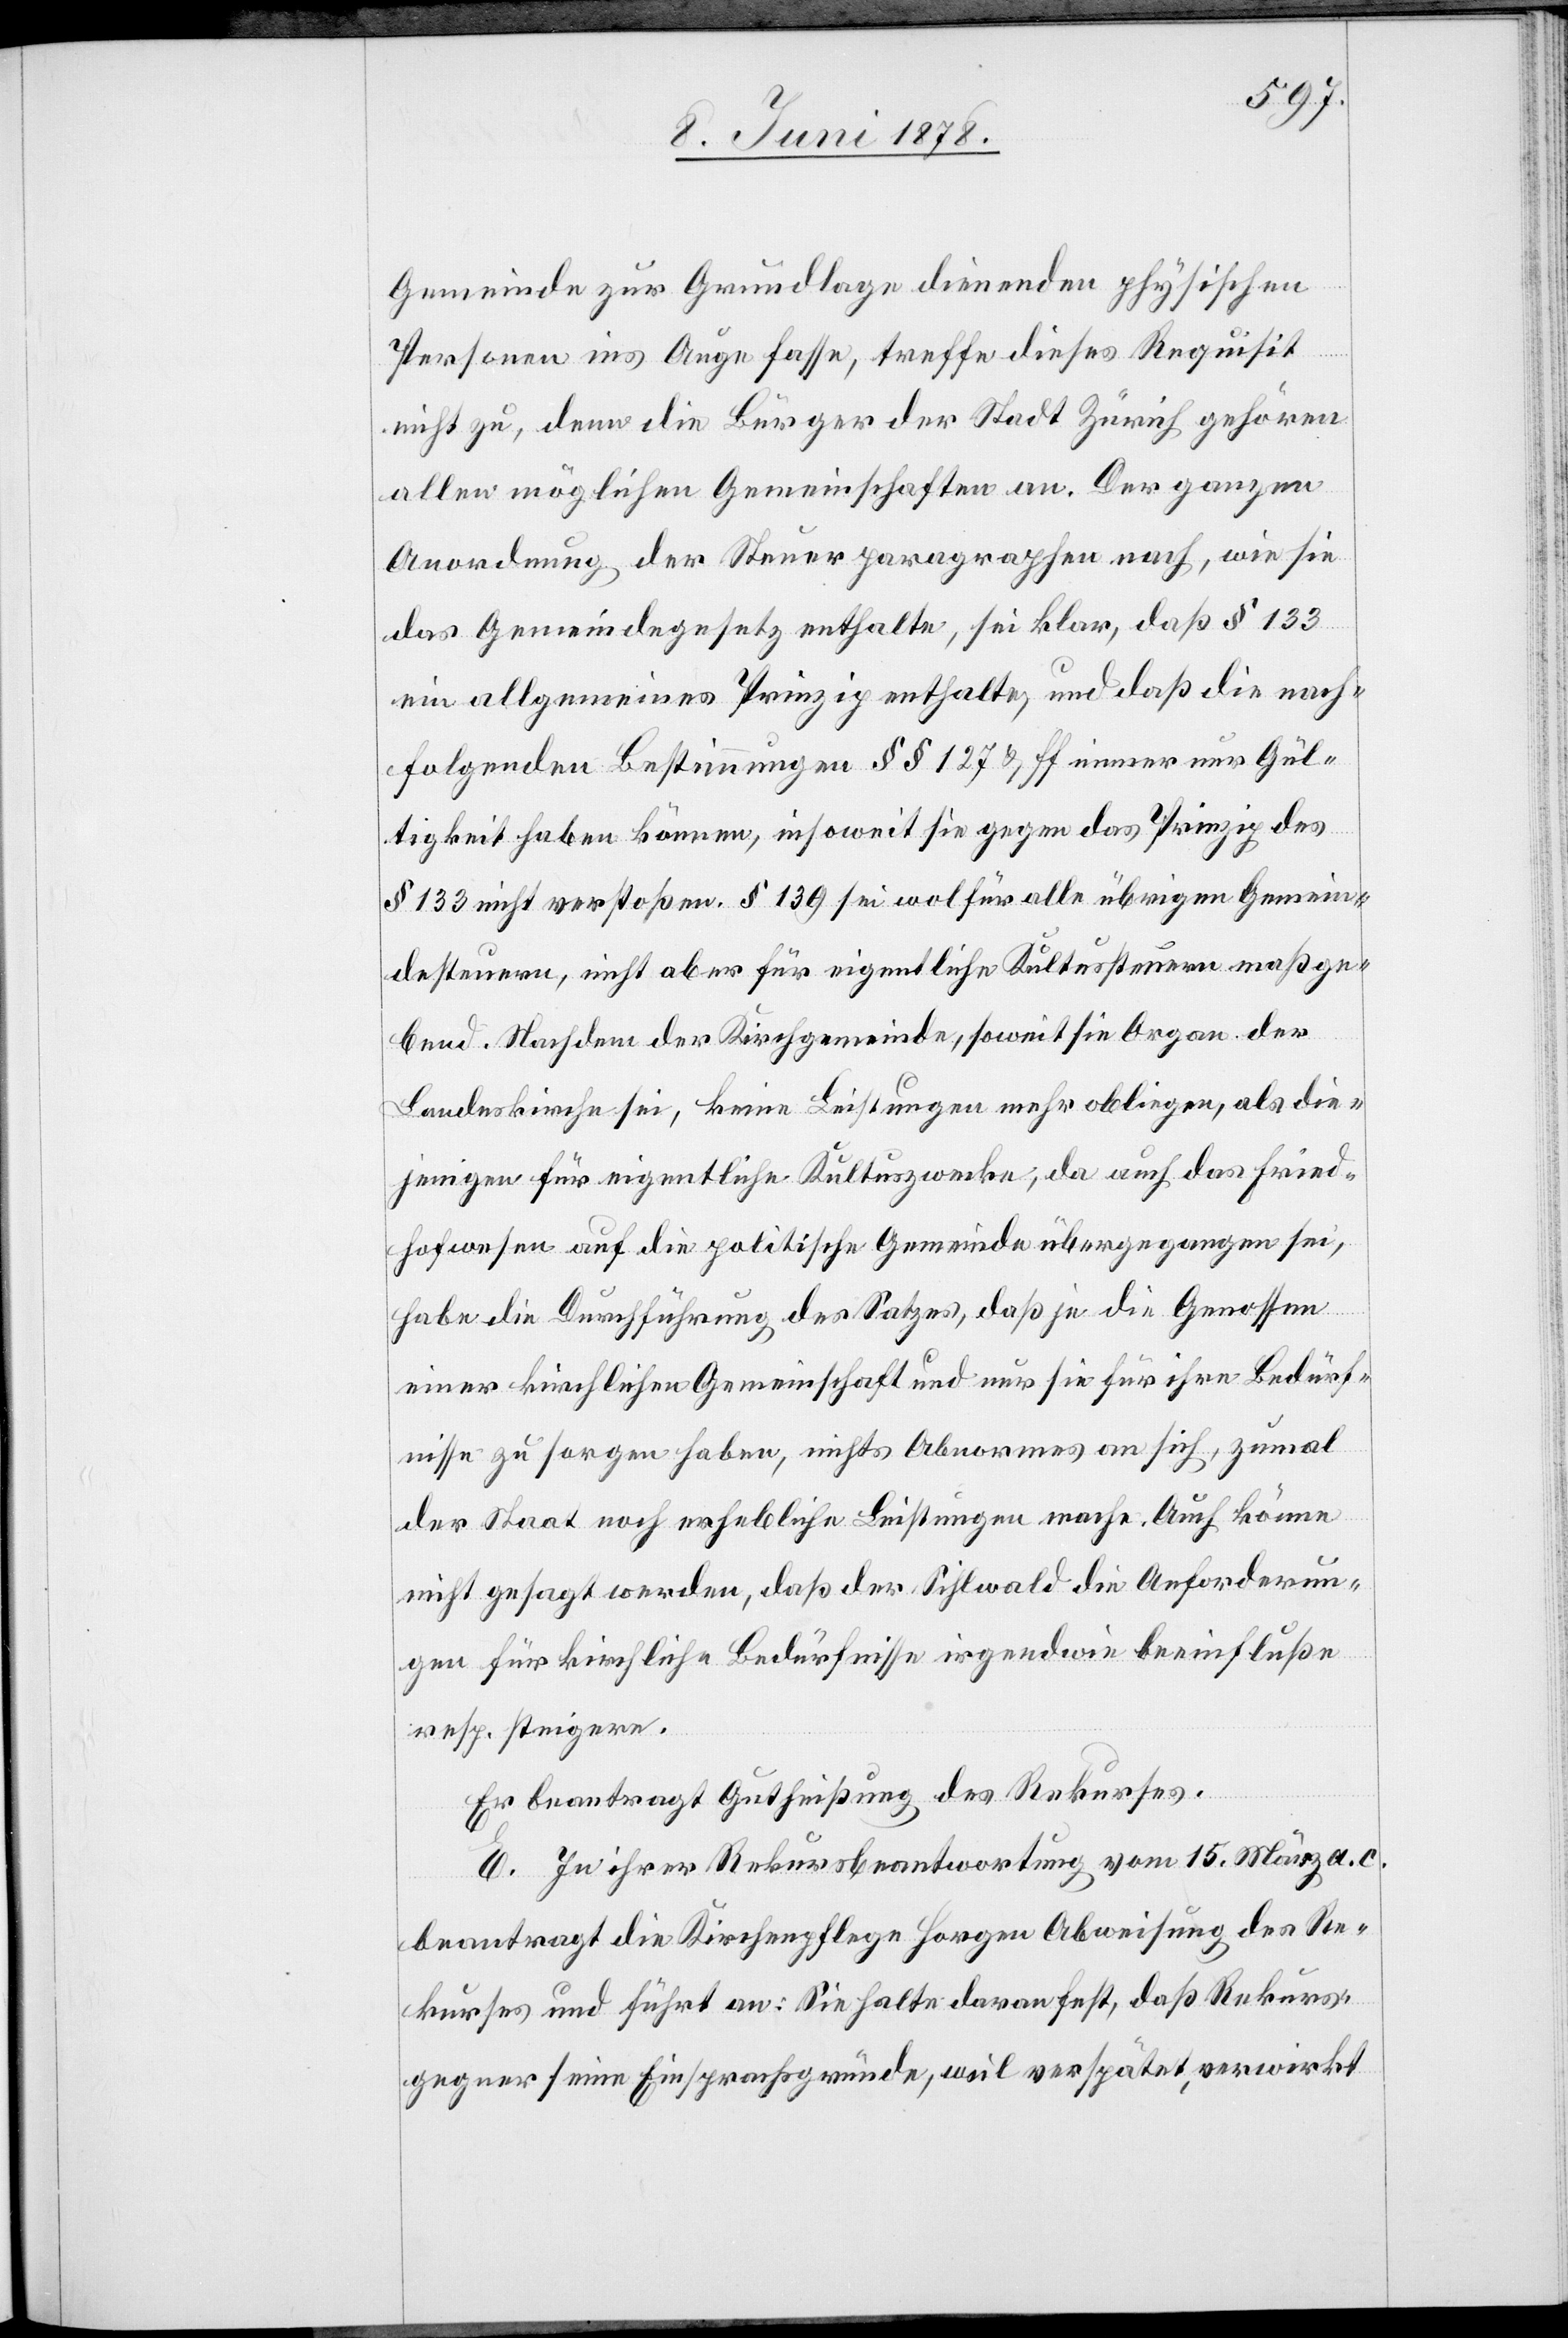
Gemeinde zur Grundlage dienenden physischen
Personen ins Auge fasse, treffe dieses Requisit
nicht zu, denn die Bürger der Stadt Zürich gehören
allen möglichen Gemeinschaften an. Der ganzen
Anordnung der Steuerparagraphen nach, wie sie
das Gemeindegesetz enthalte, sei klar, daß § 133
ein allgemeines Prinzip enthalte, und das die nach¬
folgenden Bestimmungen §§ 127 & ff immer nur Gül¬
tigkeit haben können, insoweit sie gegen das Prinzip des
§ 133 nicht verstoßen. § 139 sei wol für alle übrigen Gemein¬
desteuern, nicht aber für eigentliche Kultussteuern maßge¬
bend. Nachdem der Kirchgemeinde, soweit sie Organ der
Landeskirche sei, keine Leistungen mehr obliegen, als die¬
jenigen für eigentliche Kultuszwecke, da auch das Fried¬
hofwesen auf die politische Gemeinde übergegangen sei,
habe die Durchführung des Satzes, daß je die Genossen
einer kirchlichen Gemeinschaft und nur sie für ihre Bedürf¬
nisse zu sorgen haben, nichts Abnormes an sich, zumal
der Staat noch erhebliche Leistungen mache. Auch könne
nicht gesagt werden, daß der Sihlwald die Anforderun¬
gen für kirchliche Bedürfnisse irgendwie beeinflusse
resp. steigere.
Er beantragt Gutheißung des Rekurses.
E. In ihrer Rekursbeantwortung vom 15. März a. c.
beantragt die Kirchenpflege Horgen Abweisung des Re¬
kurses und führt an: sie halte daran fest, daß Rekurs¬
gegner seine Einsprachgründe, weil verspätet, verwirkt